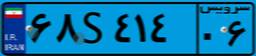
۶۸S۴۱۴۰۶